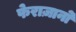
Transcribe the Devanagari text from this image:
फेराज़ानो